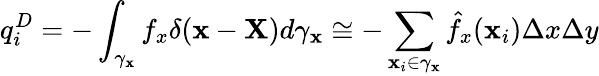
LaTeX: q_{i}^{D}=-\int_{\gamma_{\mathbf{x}}}{f}_{x}\delta(\mathbf{x}-\mathbf{X})d\gamma_{\mathbf{x}}\cong-\sum_{\mathbf{x}_{i}\in\gamma_{\mathbf{x}}}\hat{{f}}_{x}(\mathbf{x}_{i})\Delta x\Delta y